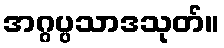
အဂ္ဂပ္ပသာဒသုတ်။